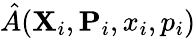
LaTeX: \hat{A}({\mathbf{X}}_{i},{\mathbf{P}}_{i},x_{i},p_{i})